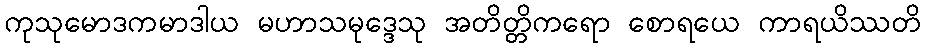
ကုသုမောဒကမာဒါယ မဟာသမုဒ္ဒေသု အတိတ္တိကရော စောရယေ ကာရယိဿတိ